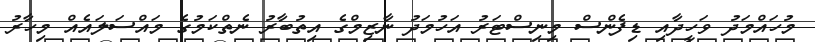
މުހައްމަދު ވަހީދާއި ޑިފެންސް މިނިސްޓަރު އަހުމަދު ނާޒިމްގެ އިތުބާރު ނެތްކަމުގެ މައްސަލައެއް މިހާރު